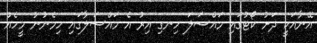
އޭނާއަކީ ދަށު ކޯޓުގައި މައްސަލަ ހިނގި އިރު އެ މައްސަލާގައި ހިމެނުނު މީހެއް